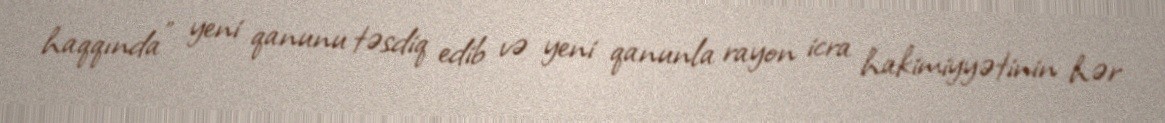
haqqında" yeni qanunu təsdiq edib və yeni qanunla rayon icra hakimiyyətinin hər